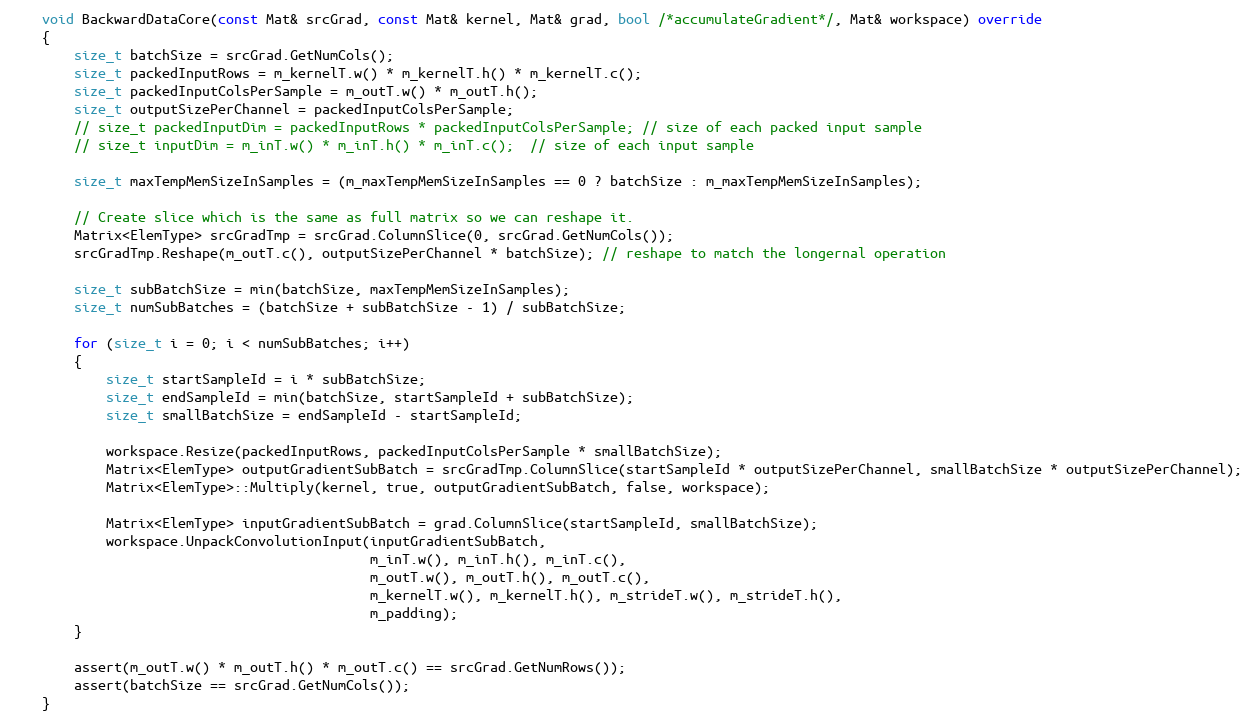
Language: C++
    void BackwardDataCore(const Mat& srcGrad, const Mat& kernel, Mat& grad, bool /*accumulateGradient*/, Mat& workspace) override
    {
        size_t batchSize = srcGrad.GetNumCols();
        size_t packedInputRows = m_kernelT.w() * m_kernelT.h() * m_kernelT.c();
        size_t packedInputColsPerSample = m_outT.w() * m_outT.h();
        size_t outputSizePerChannel = packedInputColsPerSample;
        // size_t packedInputDim = packedInputRows * packedInputColsPerSample; // size of each packed input sample
        // size_t inputDim = m_inT.w() * m_inT.h() * m_inT.c();  // size of each input sample

        size_t maxTempMemSizeInSamples = (m_maxTempMemSizeInSamples == 0 ? batchSize : m_maxTempMemSizeInSamples);

        // Create slice which is the same as full matrix so we can reshape it.
        Matrix<ElemType> srcGradTmp = srcGrad.ColumnSlice(0, srcGrad.GetNumCols());
        srcGradTmp.Reshape(m_outT.c(), outputSizePerChannel * batchSize); // reshape to match the longernal operation

        size_t subBatchSize = min(batchSize, maxTempMemSizeInSamples);
        size_t numSubBatches = (batchSize + subBatchSize - 1) / subBatchSize;

        for (size_t i = 0; i < numSubBatches; i++)
        {
            size_t startSampleId = i * subBatchSize;
            size_t endSampleId = min(batchSize, startSampleId + subBatchSize);
            size_t smallBatchSize = endSampleId - startSampleId;

            workspace.Resize(packedInputRows, packedInputColsPerSample * smallBatchSize);
            Matrix<ElemType> outputGradientSubBatch = srcGradTmp.ColumnSlice(startSampleId * outputSizePerChannel, smallBatchSize * outputSizePerChannel);
            Matrix<ElemType>::Multiply(kernel, true, outputGradientSubBatch, false, workspace);

            Matrix<ElemType> inputGradientSubBatch = grad.ColumnSlice(startSampleId, smallBatchSize);
            workspace.UnpackConvolutionInput(inputGradientSubBatch,
                                             m_inT.w(), m_inT.h(), m_inT.c(),
                                             m_outT.w(), m_outT.h(), m_outT.c(),
                                             m_kernelT.w(), m_kernelT.h(), m_strideT.w(), m_strideT.h(),
                                             m_padding);
        }

        assert(m_outT.w() * m_outT.h() * m_outT.c() == srcGrad.GetNumRows());
        assert(batchSize == srcGrad.GetNumCols());
    }